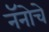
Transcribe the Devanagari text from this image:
नॅनोचे